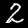
Digit: 2